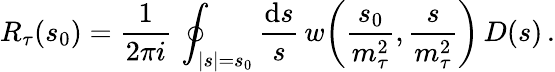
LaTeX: R_{\tau}(s_{0})={\frac{1}{2\pi i}}\, \oint_{|s|=s_{0}}{\frac{\mathrm{d}s}{s}}\, w\bigg({\frac{s_{0}}{m_{\tau}^{2}}},{\frac{s}{m_{\tau}^{2}}}\bigg)\, D(s)\, .